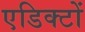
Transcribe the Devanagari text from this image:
एडिक्टों